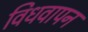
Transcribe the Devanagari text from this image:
विधवापन